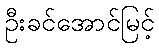
ဦးခင်အောင်မြင့်